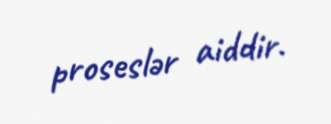
proseslər aiddir.